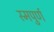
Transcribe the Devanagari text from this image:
स्मपुर्ण